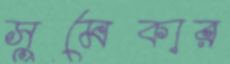
সুমেকার